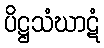
ပိဋ္ဌသံဃာဋံ